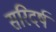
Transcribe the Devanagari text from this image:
सरिदर्ष